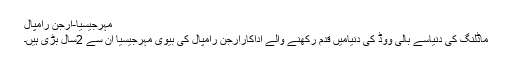
مہرجیسیا-ارجن رامپال
ماڈلنگ کی دنیاسے بالی ووڈ کی دنیامیں قدم رکھنے والے اداکارارجن رامپال کی بیوی مہرجیسیا ان سے 2سال بڑی ہیں۔